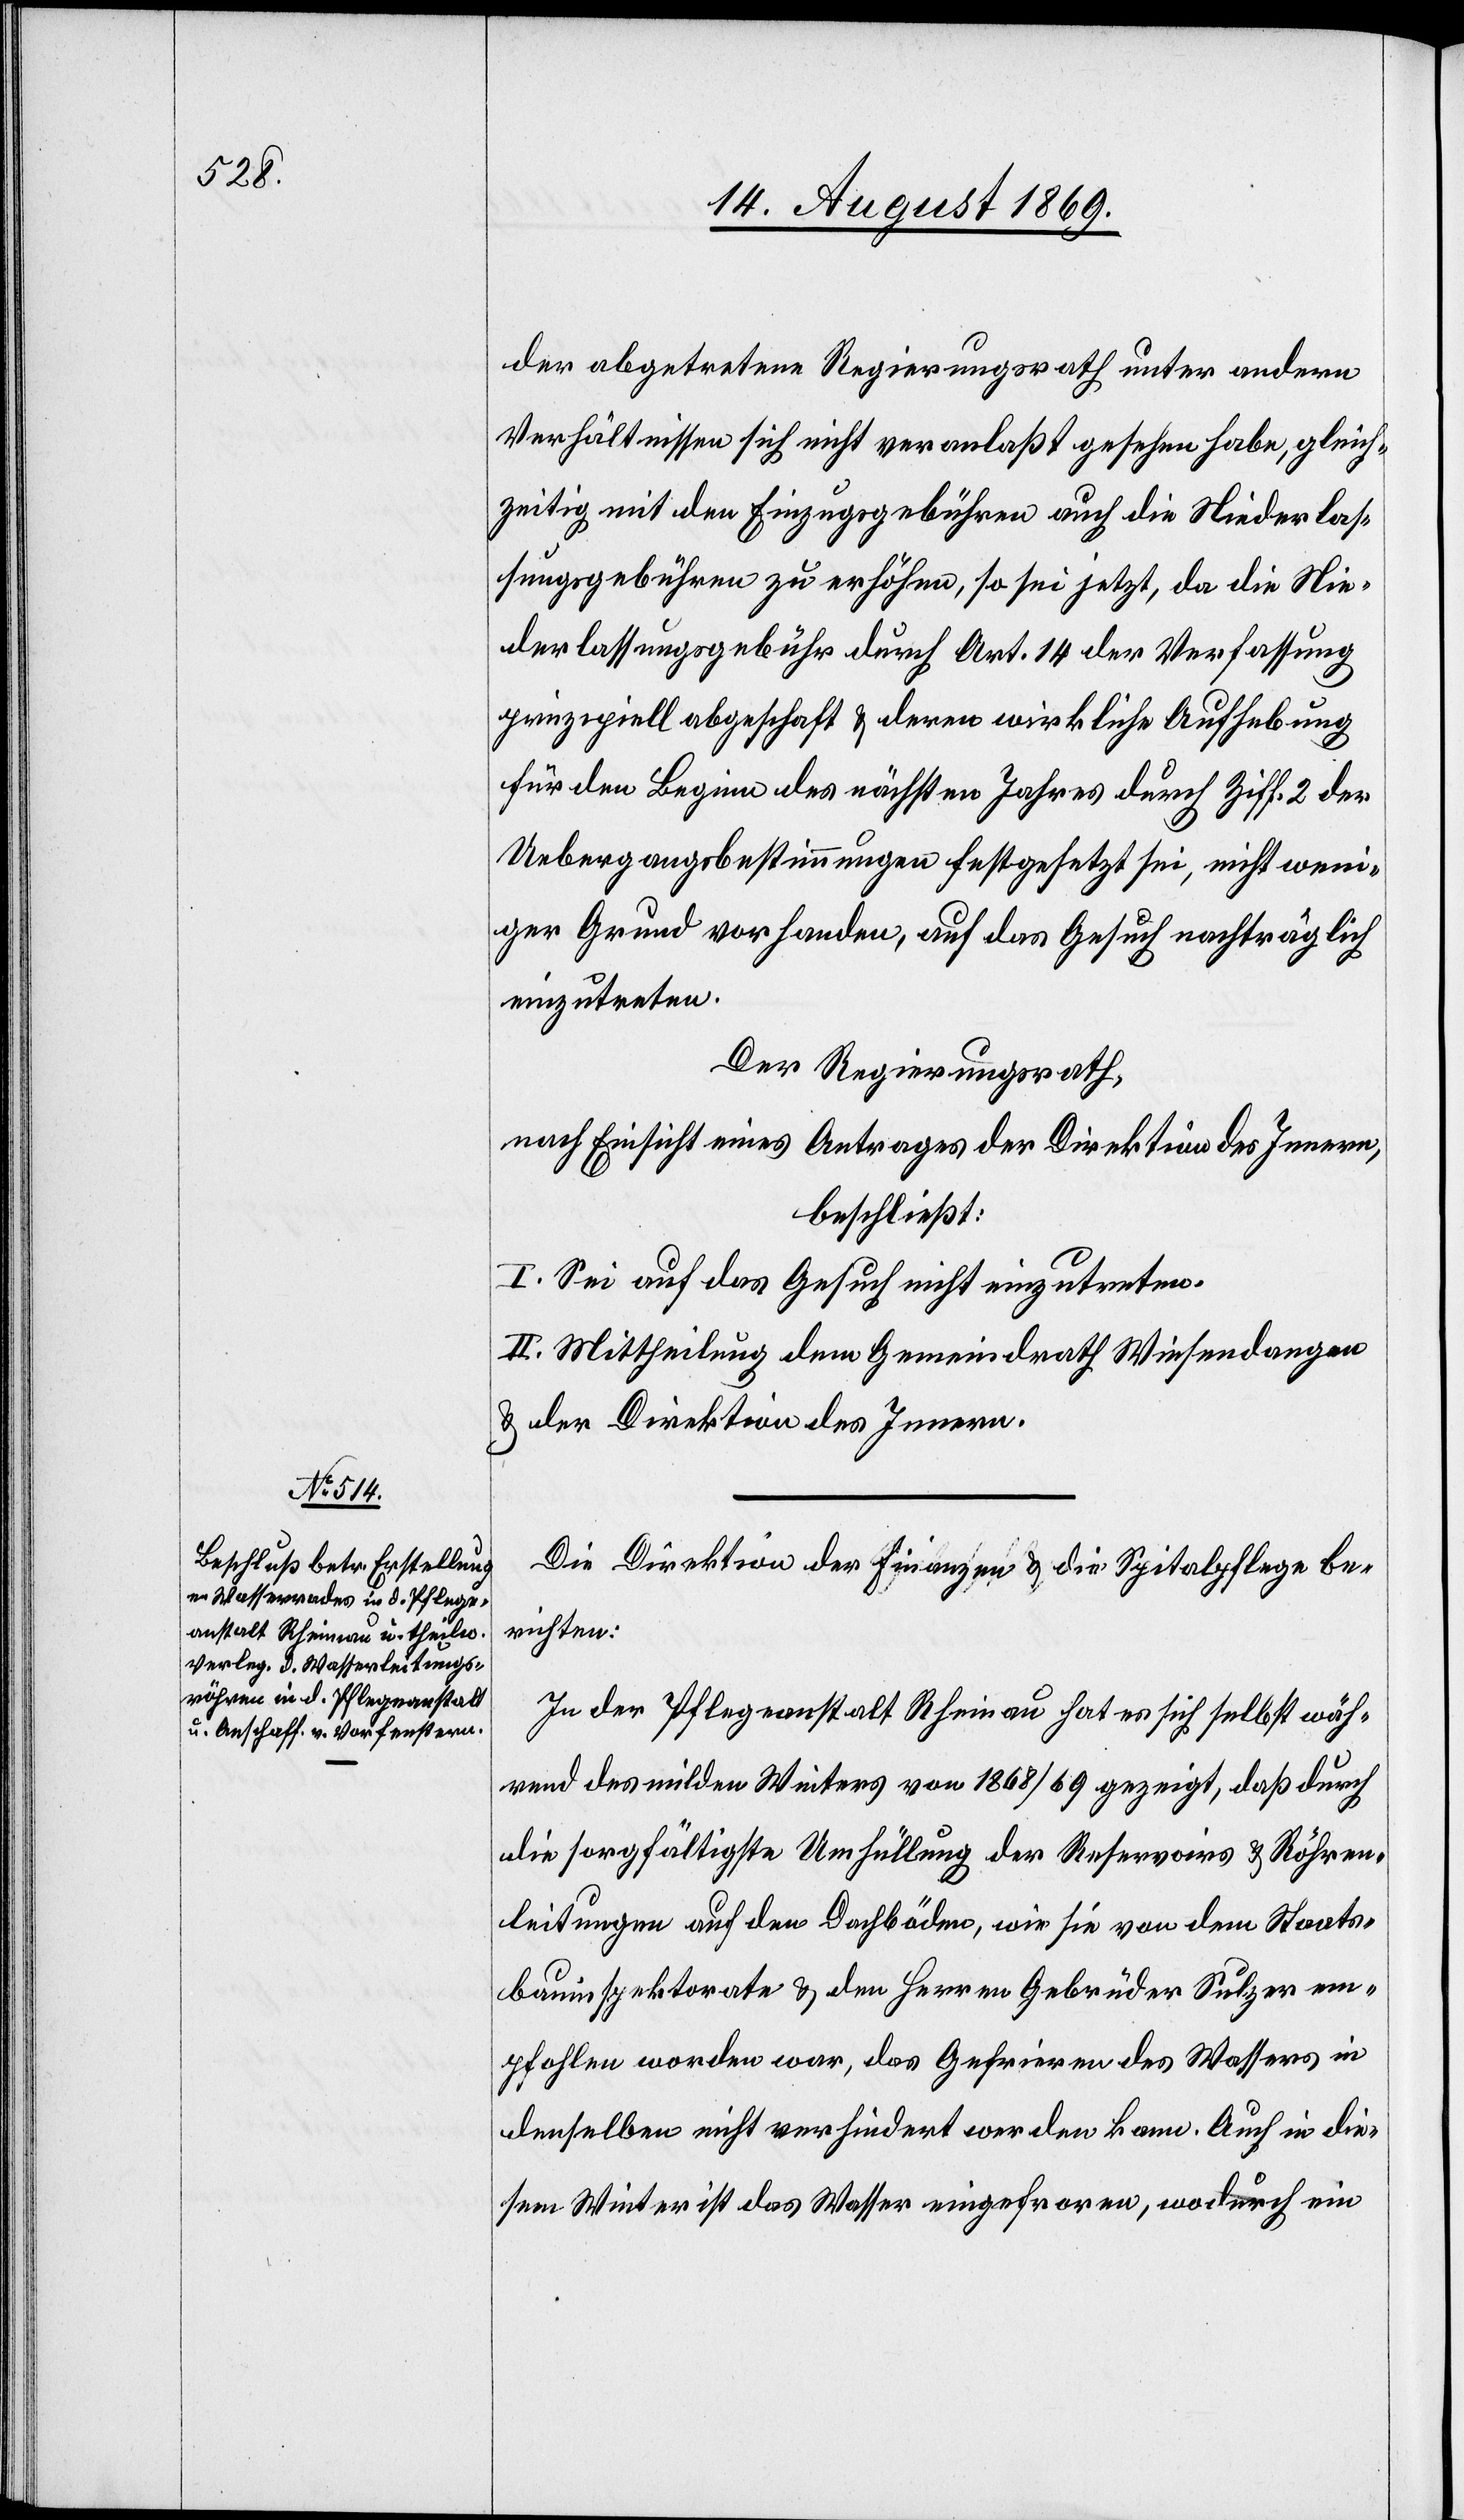
der abgetretene Regierungsrath unter andern
Verhältnissen sich nicht veranlaßt gesehen habe, gleich¬
zeitig mit den Einzugsgebühren auch die Niederlas¬
sungsgebühren zu erhöhen, so sei jetzt, da die Nie¬
derlassungsgebühr durch Art. 14 der Verfassung
prinzipiell abgeschaft [sic!] & deren wirkliche Aufhebung
für den Beginn des nächsten Jahres durch Ziff. 2 der
Uebergangsbestimmungen festgesetzt sei, nicht wen¬
iger Grund vorhanden, auf das Gesuch nachträglich
einzutreten.
Der Regierungsrath,
nach Einsicht eines Antrages der Direktion des Innern,
beschließt:
I. Sei auf das Gesuch nicht einzutreten.
II. Mittheilung dem Gemeindrath Wiesendangen
& der Direktion des Innern.
Die Direktion der Finanzen & die Spitalpflege be¬
richten:
In der Pflegeanstalt Rheinau hat es sich selbst wäh¬
rend des milden Winters von 1868/69 gezeigt, daß durch
die sorgfältigste Umhüllung der Reservoirs & Röhren¬
leitungen auf den Dachböden, wie sie von dem Staats¬
bauinspektorate & den Herren Gebrüder Sulzer em¬
pfohlen worden war, das Gefrieren des Wassers in
denselben nicht verhindert werden kann. Auch in die¬
sem Winter ist das Wasser eingefroren, wodurch ein